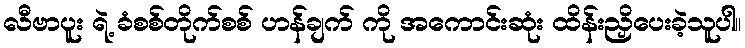
လီဗာပူး ရဲ့ ခံစစ်တိုက်စစ် ဟန်ချက် ကို အကောင်းဆုံး ထိန်းညှိပေးခဲ့သူပါ။